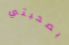
بصحبتي